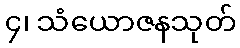
၄၊ သံယောဇနသုတ်